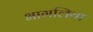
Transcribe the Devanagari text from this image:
भागलिया